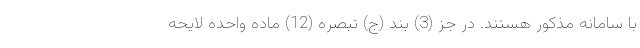
با سامانه مذکور هستند. در جز (3) بند (ج) تبصره (12) ماده واحده لایحه